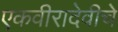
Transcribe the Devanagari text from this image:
एकवीरादेवीचे